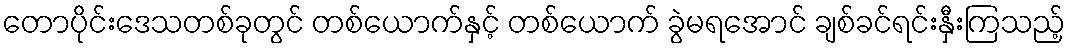
တောပိုင်းဒေသတစ်ခုတွင် တစ်ယောက်နှင့် တစ်ယောက် ခွဲမရအောင် ချစ်ခင်ရင်းနှီးကြသည့်